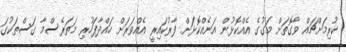
ކުރިމަށްޗައް ވާގޮތަށް މަގުގެ އެއްކޮޅުން އަނެއްކޮޅަށް ފާރުކައިރީ އެއްވަރަށް ހައްދާފަހުރި މަތަރެސްމާ ގަސްތަކުގަ